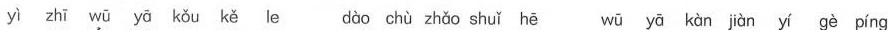
yì zhī wū yā kǒu kě le, dào chù zhǎo shuǐ hē wū yā kàn jiàn yí gè píng